Civil Veterinary Dept. Bombay admin report 1923-31 - 1923-1931
Year: 1923
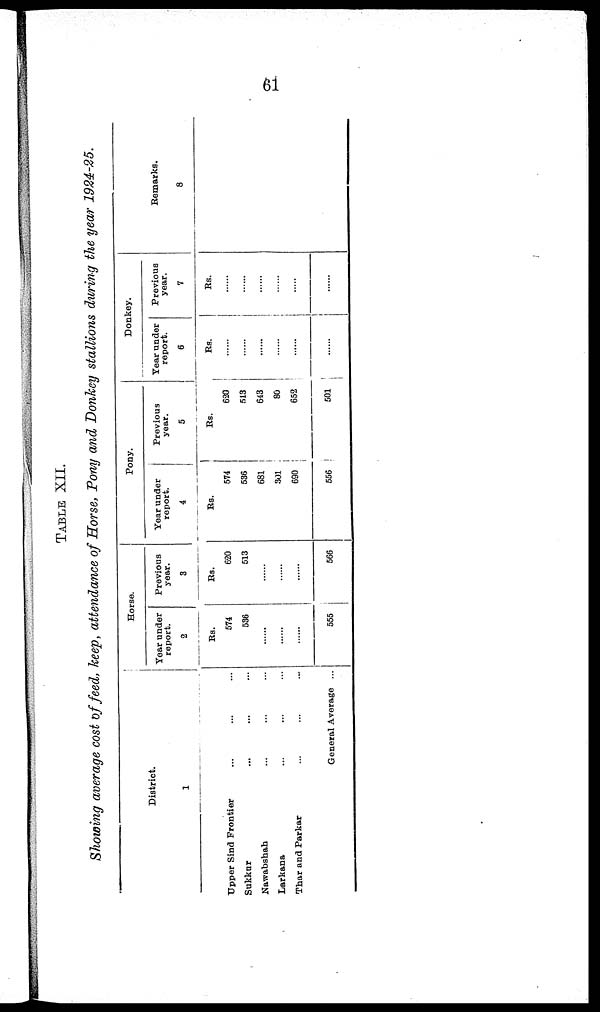
61
TABLE XII.
Showing average cost of feed, keep, attendance of Horse, Pony and Donkey stallions during the year 1924-25.
District.
1
Upper Sind Frontier ... ... ...
Sukkur ... ... ...
Nawabshab ... ... ...
Larkana ... ... ...
Thar and Parkar ... ... ...
General Average ...
Horse.
Year under
report.
2
Rs.
574
536
......
......
......
555
Previous
year.
3
Rs.
620
513
......
......
......
566
Pony.
Year under
report.
4
Rs.
574
536
681
301
690
556
Previous
year.
5
Rs.
620
513
643
80
652
501
Donkey.
Year under
report.
6
Rs.
......
......
......
......
......
......
Previous
year.
7
Rs.
......
......
......
......
......
......
Remarks.
8